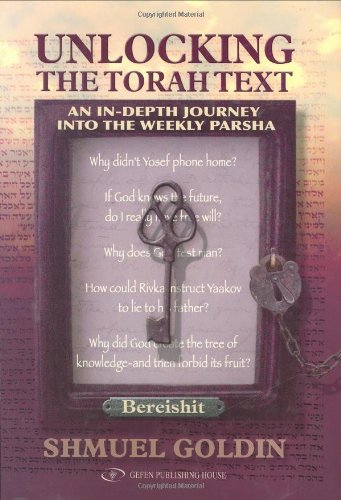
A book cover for Unlocking the Torah Text Bereishit; Shmuel Goldin; Religion & Spirituality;